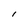
Character: l